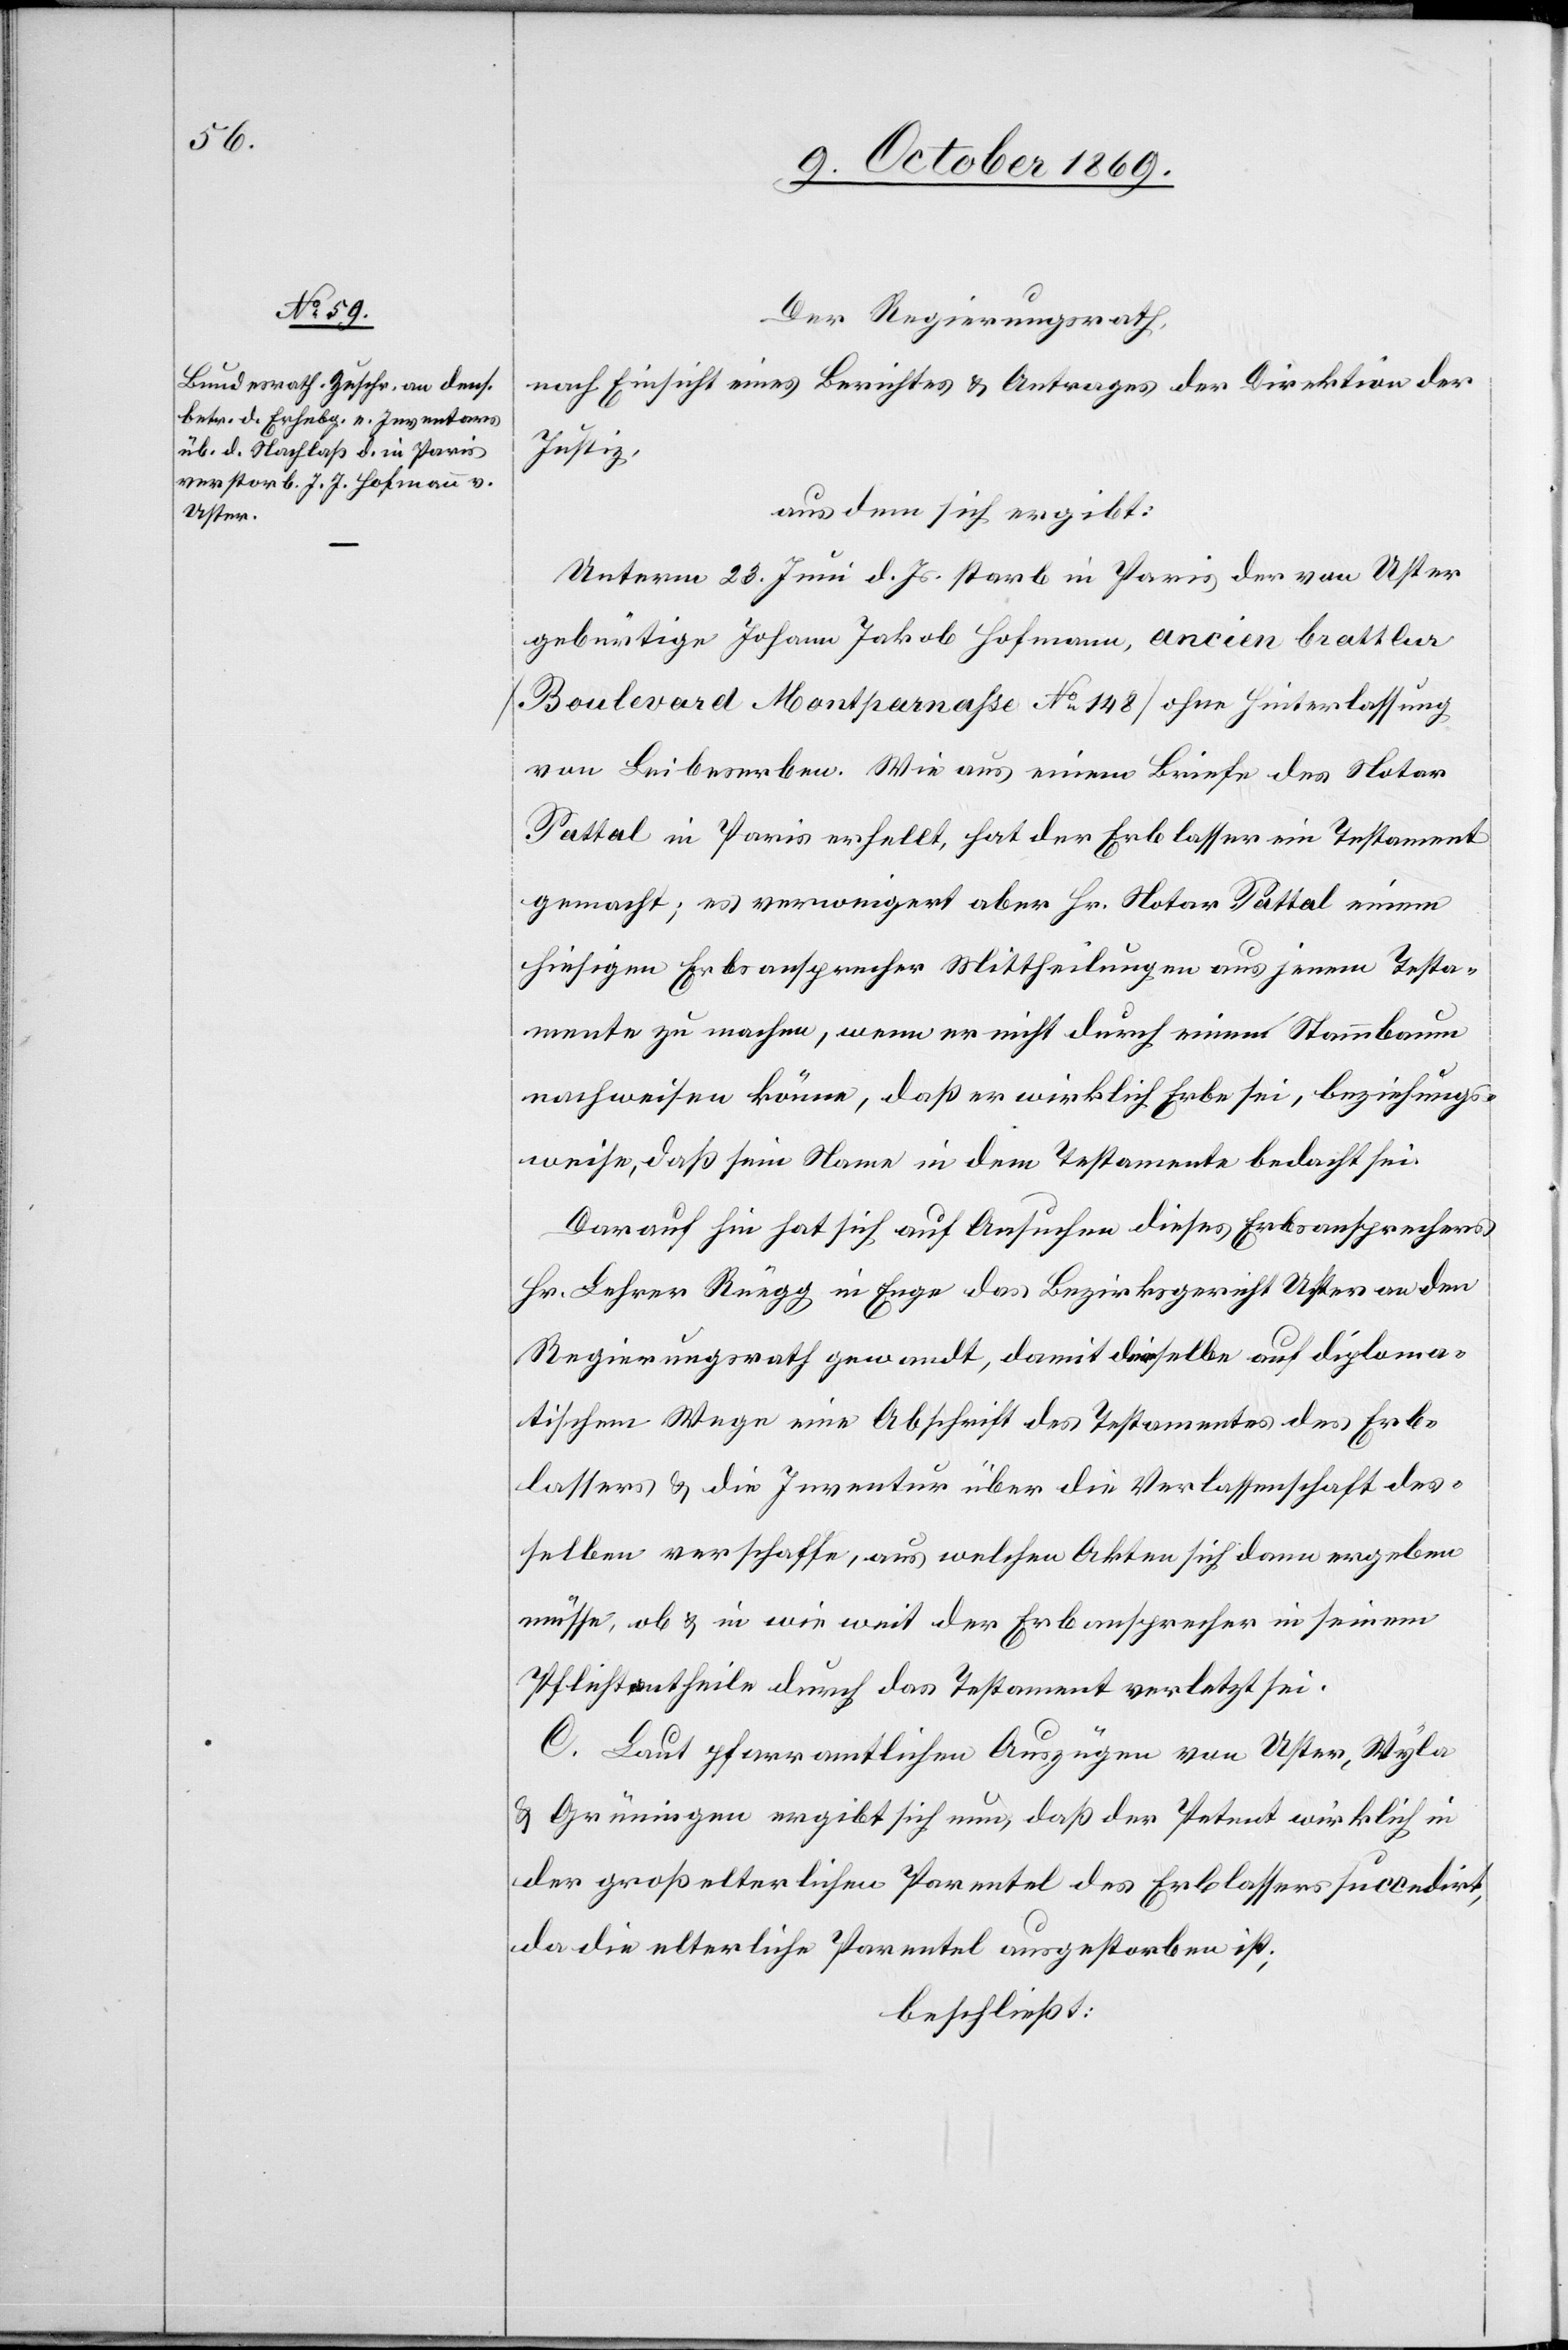
Der Regierungsrath,
nach Einsicht eines Berichtes & Antrages der Direktion der
Justiz,
aus dem sich ergibt:
Unterm 23. Juni d. Js. starb in Paris der von Uster
gebürtige Johann Jakob Hofmann, ancien bratt[?lur]
[Boulevard Montparnasse No 148] ohne Hinterlassung
von Leibeserben. Wie aus einem Briefe des Notar
Pattal in Paris erhellt, hat der Erblasser ein Testament
gemacht; es verweigert aber Hr. Notar Pattal einem
hiesigen Erbsansprecher Mittheilungen aus jenem Testa¬
mente zu machen, wenn er nicht durch einen Stammbaum
nachweisen könne, daß er wirklich Erbe sei, beziehungs¬
weise, daß sein Name in dem Testamente bedacht sei.
Darauf hin hat sich auf Ansuchen dieses Erbsansprechers
Hr. Lehrer Rüegg in Enge das Bezirksgericht Uster an den
Regierungsrath gewandt, damit derselbe auf diploma¬
tischem Wege eine Abschrift des Testamentes des Erb¬
lassers & die Inventur über die Verlassenschaft des¬
selben verschaffe, aus welchen Akten sich dann ergeben
müsse, ob & in wie weit der Erbansprecher in seinem
Pflichtantheile durch das Testament verletzt sei.
C. Laut pfarramtlichen Auszügen von Uster, Wyla
& Grüningen ergibt sich nun, daß der Petent wirklich in
der großelterlichen Parentel des Erblassers succedirt,
da die elterliche Parentel ausgestorben ist;
beschließt: